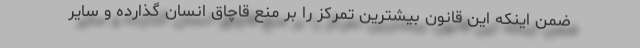
ضمن اینکه این قانون بیشترین تمرکز را بر منع قاچاق انسان گذارده و سایر